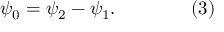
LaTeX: \psi _ { 0 } = \psi _ { 2 } - \psi _ { 1 } . \qquad \qquad ( 3 )